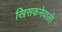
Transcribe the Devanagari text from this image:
खिसकनेवाली